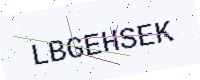
Text: LBGEHSEK